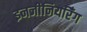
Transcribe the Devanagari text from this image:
इनजीनियरिँग